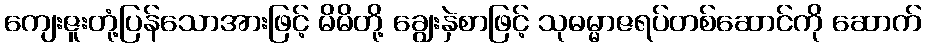
ကျေးဇူးတုံ့ပြန်သောအားဖြင့် မိမိတို့ ချွေးနှဲစာဖြင့် သုဓမ္မာဇရပ်တစ်ဆောင်ကို ဆောက်